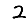
Digit: 2